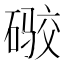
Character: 𪿫